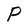
Character: P